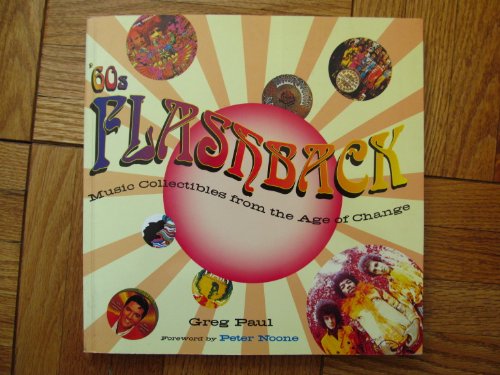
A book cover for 60s Flashback: Music Collectibles from the Age of Change; Greg Paul; Crafts, Hobbies & Home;